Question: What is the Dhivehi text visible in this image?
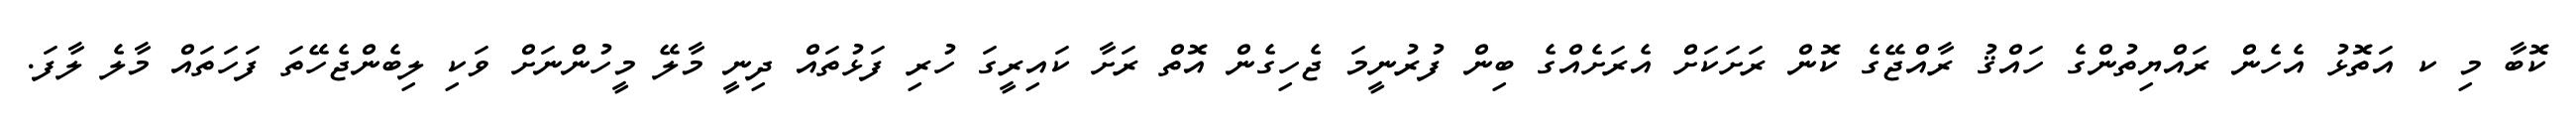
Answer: ކޮބާ މި ކ އަތޮޅު އެހެން ރައްޔިތުންގެ ހައްޤު ރާއްޖޭގެ ކޮން ރަށަކަށް އެރަށެއްގެ ބިން ފުރުނީމަ ޖެހިގެން އޮތް ރަށާ ކައިރީގަ ހުރި ފަޅުތައް ދިނީ މާލޭ މީހުންނަށް ވަކި ލިބެންޖެހޭތަ ފަހަތައް މާލެ ލާފަ.